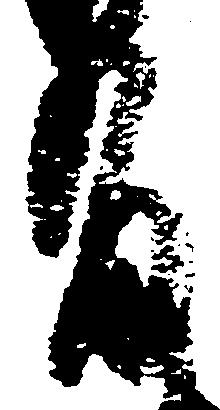
有